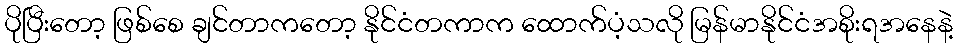
ပိုပြီးတော့ ဖြစ်စေ ချင်တာကတော့ နိုင်ငံတကာက ထောက်ပံ့သလို မြန်မာနိုင်ငံအစိုးရအနေနဲ့